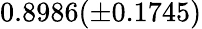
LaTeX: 0.8986(\pm 0.1745)